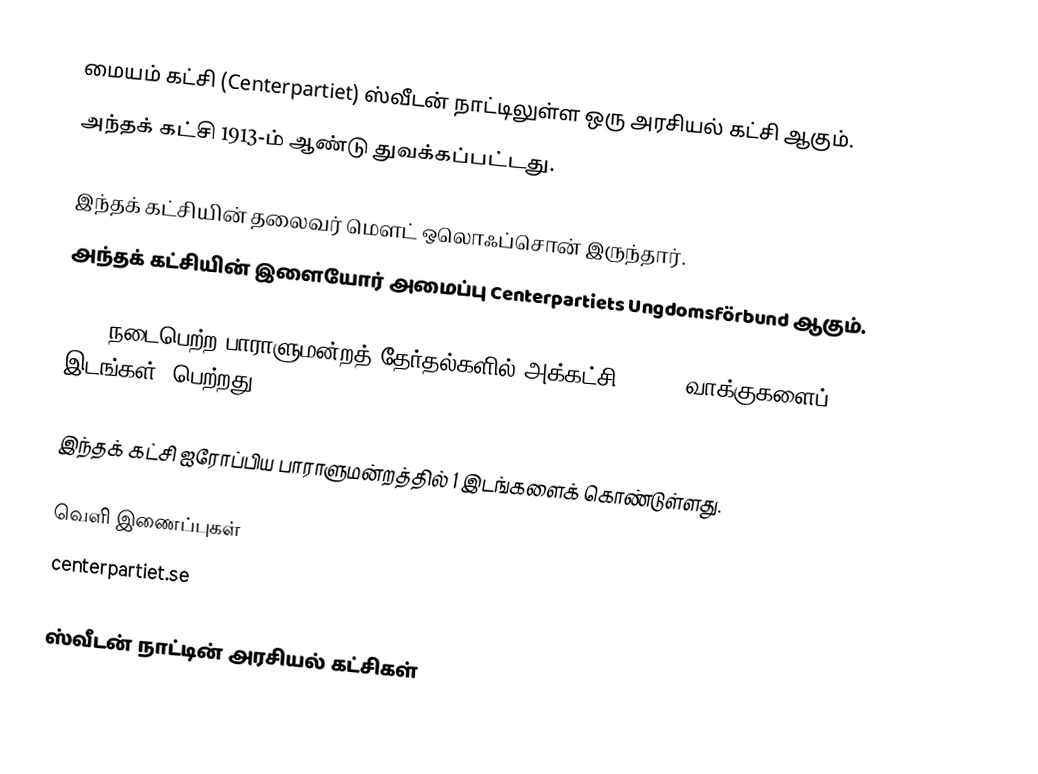
மையம் கட்சி (Centerpartiet) ஸ்வீடன் நாட்டிலுள்ள ஒரு அரசியல் கட்சி ஆகும்.
அந்தக் கட்சி 1913-ம் ஆண்டு துவக்கப்பட்டது.

இந்தக் கட்சியின் தலைவர் மௌட் ஒலொஃப்சொன் இருந்தார்.
அந்தக் கட்சியின் இளையோர் அமைப்பு Centerpartiets Ungdomsförbund ஆகும்.

2006 நடைபெற்ற பாராளுமன்றத் தேர்தல்களில் அக்கட்சி 437389 வாக்குகளைப் (7.88%, 29 இடங்கள்) பெற்றது.

இந்தக் கட்சி ஐரோப்பிய பாராளுமன்றத்தில் 1 இடங்களைக் கொண்டுள்ளது.

வெளி இணைப்புகள்
  centerpartiet.se

ஸ்வீடன் நாட்டின் அரசியல் கட்சிகள்